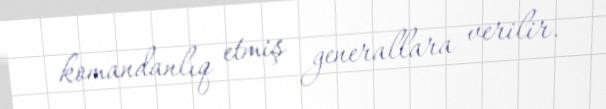
komandanlıq etmiş generallara verilir.